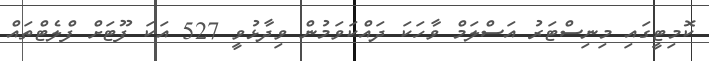
ކޮމިޓީގައި މިނިސްޓަރު އަސްލަމް ވާހަކަ ދައްކަވަމުން ވިދާޅުވީ 527 އަކަ ފޫޓަށް ފްލެޓްތައް